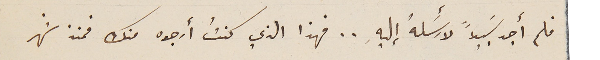
فلم أجد سَبيلاً لأرسَلهُ إليهِ .. فهذا الذي كنتُ أرجوه منك فمنذ شهر